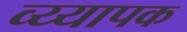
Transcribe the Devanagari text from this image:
व्य्यापक